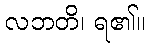
လဘတိ၊ ရ၏။